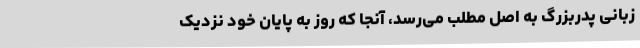
زبانی پدربزرگ به اصل مطلب می‌رسد، آنجا که روز به پایان خود نزدیک